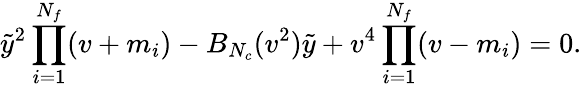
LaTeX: \tilde{y}^{2}\prod_{i=1}^{N_{f}}(v+m_{i})-B_{N_{c}}(v^{2})\tilde{y}+v^{4}\prod_{i=1}^{N_{f}}(v-m_{i})=0.